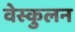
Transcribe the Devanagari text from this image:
वेस्कुलन